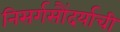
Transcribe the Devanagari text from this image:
निसर्गसौंदर्याची